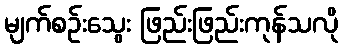
မျက်စဉ်းသွေး ဖြည်းဖြည်းကုန်သလို